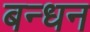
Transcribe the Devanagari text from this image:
बन्‍धन